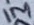
Text: 1M